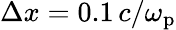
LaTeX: \Delta x=0.1\, c/\omega_{\mathrm{p}}